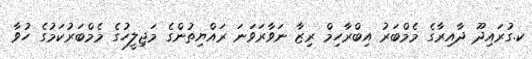
ކ.ގުރައިދޫ ދާއިރާގެ މެމްބަރު އިބްރާހިމް ރިޒާ ނަވާރަވަނަ ރައްޔިތުންގެ މަޖިލީހުގެ މެމްބަރުކަމުގެ ހުވާ